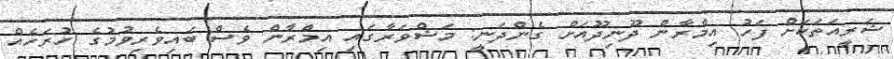
ޝަރީއަތަކަށް ފަހު އިމްރާން ދޫނިދޫއަށް ގެންދަނީ: މަޝްވަރާގައި އިމްރާން ވެސް ބައިވެރިވުމުގެ ހުރަހެއް